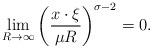
LaTeX: \begin{gather*}\lim_{R\rightarrow\infty}\left(\frac{x\cdot \xi}{\mu R}\right)^{\sigma-2}=0 .\end{gather*}